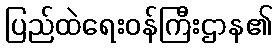
ပြည်ထဲရေးဝန်ကြီးဌာန၏